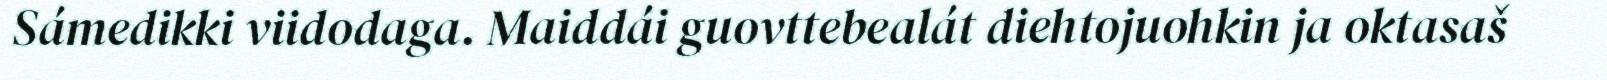
Sámedikki viidodaga. Maiddái guovttebealát diehtojuohkin ja oktasaš